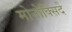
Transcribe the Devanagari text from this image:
मोनोक्सिदे